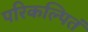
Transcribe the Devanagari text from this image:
परिकल्पितं